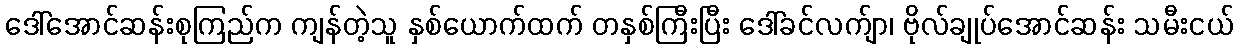
ဒေါ်အောင်ဆန်းစုကြည်က ကျန်တဲ့သူ နှစ်ယောက်ထက် တနှစ်ကြီးပြီး ဒေါ်ခင်လက်ျာ၊ ဗိုလ်ချုပ်အောင်ဆန်း သမီးငယ်